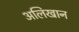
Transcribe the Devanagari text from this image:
अलिखान